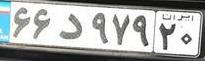
۶۶د۹۷۹۲۰